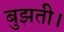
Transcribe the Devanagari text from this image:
बुझती।